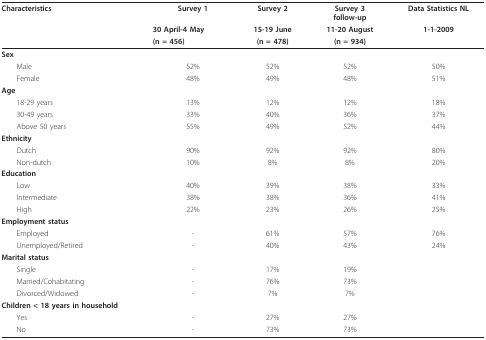
<table><thead><tr><td><b>Characteristics</b></td><td><b>Survey 1</b></td><td><b>Survey 2</b></td><td><b>Survey 3follow-up</b></td><td><b>Data Statistics NL</b></td></tr><tr><td></td><td><b>30 April-4 May</b></td><td><b>15-19 June</b></td><td><b>11-20 August</b></td><td><b>1-1-2009</b></td></tr><tr><td></td><td><b>(n = 456)</b></td><td><b>(n = 478)</b></td><td><b>(n = 934)</b></td><td></td></tr></thead><tbody><tr><td><b>Sex</b></td><td></td><td></td><td></td><td></td></tr><tr><td> Male</td><td>52%</td><td>52%</td><td>52%</td><td>50%</td></tr><tr><td> Female</td><td>48%</td><td>49%</td><td>48%</td><td>51%</td></tr><tr><td><b>Age</b></td><td></td><td></td><td></td><td></td></tr><tr><td> 18-29 years</td><td>13%</td><td>12%</td><td>12%</td><td>18%</td></tr><tr><td> 30-49 years</td><td>33%</td><td>40%</td><td>36%</td><td>37%</td></tr><tr><td> Above 50 years</td><td>55%</td><td>49%</td><td>52%</td><td>44%</td></tr><tr><td><b>Ethnicity</b></td><td></td><td></td><td></td><td></td></tr><tr><td> Dutch</td><td>90%</td><td>92%</td><td>92%</td><td>80%</td></tr><tr><td> Non-dutch</td><td>10%</td><td>8%</td><td>8%</td><td>20%</td></tr><tr><td><b>Education</b></td><td></td><td></td><td></td><td></td></tr><tr><td> Low</td><td>40%</td><td>39%</td><td>38%</td><td>33%</td></tr><tr><td> Intermediate</td><td>38%</td><td>38%</td><td>36%</td><td>41%</td></tr><tr><td> High</td><td>22%</td><td>23%</td><td>26%</td><td>25%</td></tr><tr><td><b>Employment status</b></td><td></td><td></td><td></td><td></td></tr><tr><td> Employed</td><td>-</td><td>61%</td><td>57%</td><td>76%</td></tr><tr><td> Unemployed/Retired</td><td>-</td><td>40%</td><td>43%</td><td>24%</td></tr><tr><td><b>Marital status</b></td><td></td><td></td><td></td><td></td></tr><tr><td> Single</td><td>-</td><td>17%</td><td>19%</td><td></td></tr><tr><td> Married/Cohabitating</td><td>-</td><td>76%</td><td>73%</td><td></td></tr><tr><td> Divorced/Widowed</td><td>-</td><td>7%</td><td>7%</td><td></td></tr><tr><td><b>Children &lt; 18 years in household</b></td><td></td><td></td><td></td><td></td></tr><tr><td> Yes</td><td>-</td><td>27%</td><td>27%</td><td></td></tr><tr><td> No</td><td>-</td><td>73%</td><td>73%</td><td></td></tr></tbody></table>